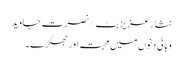
نثار عزیز بٹ /نصرت جاوید
وبائی دنوں میں محبت اور جھگڑے۔